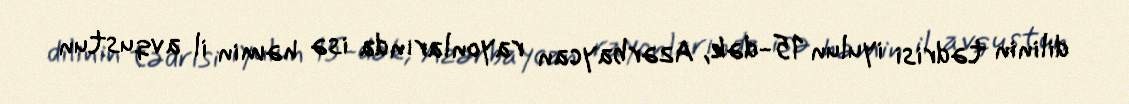
dilinin tədrisi iyulun 15-dək, Azərbaycan rayonlarında isə həmin il avqustun